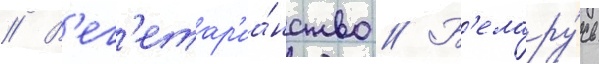
// В'ег'етар'иа́нство // Б'елару́сь